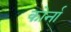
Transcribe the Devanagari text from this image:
कोर्ना